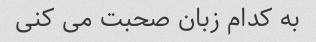
به کدام زبان صحبت می کنی